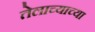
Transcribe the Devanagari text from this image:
तेलाच्याच्या